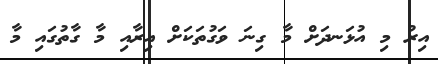
އިރު މި އުޅަނދަށް މާ ގިނަ ވަގުތަކަށް އިރާއި މާ ގާތުގައި މާ